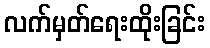
လက်မှတ်ရေးထိုးခြင်း